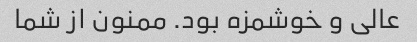
عالی و خوشمزه بود. ممنون از شما